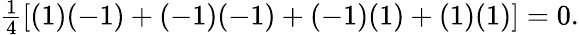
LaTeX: \begin{array}{r}{\frac{1}{4}\left[(1)(-1)+(-1)(-1)+(-1)(1)+(1)(1)\right]=0.}\end{array}